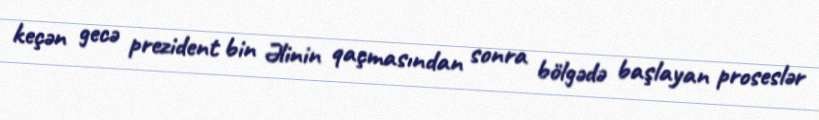
keçən gecə prezident bin Əlinin qaçmasından sonra bölgədə başlayan proseslər